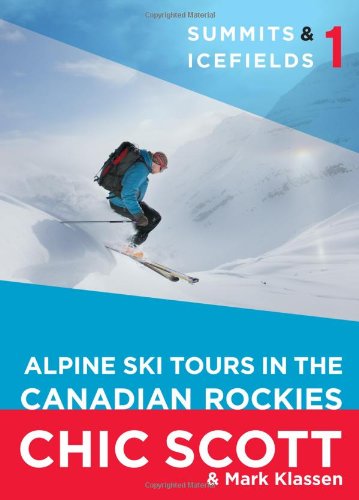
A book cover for Summits & Icefields 1: Alpine Ski Tours in the Canadian Rockies; Chic Scott; Travel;